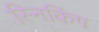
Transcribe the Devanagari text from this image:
स्निकिंग